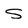
Character: S